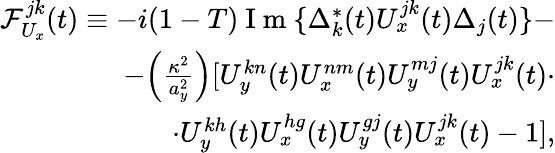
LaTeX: \begin{array}{r}{\mathcal{F}_{U_{x}}^{jk}(t)\equiv-i(1-T)\mathrm{~I~m~}\{ \Delta_{k}^{*}(t)U_{x}^{jk}(t)\Delta_{j}(t)\} -}\\ {-\Big(\frac{\kappa^{2}}{a_{y}^{2}}\Big)[U_{y}^{kn}(t)U_{x}^{nm}(t)U_{y}^{mj}(t)U_{x}^{jk}(t)\cdot}\\ {\cdot U_{y}^{kh}(t)U_{x}^{hg}(t)U_{y}^{gj}(t)U_{x}^{jk}(t)-1],}\end{array}